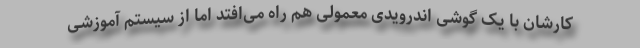
کارشان با یک گوشی اندرویدی معمولی هم راه می‌افتد اما از سیستم آموزشی